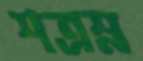
শত্রম্ন